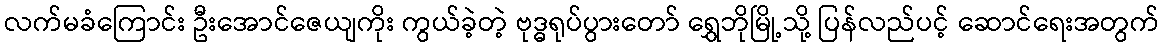
လက်မခံကြောင်း ဦးအောင်ဇေယျကိုး ကွယ်ခဲ့တဲ့ ဗုဒ္ဓရုပ်ပွားတော် ရွှေဘိုမြို့သို့ ပြန်လည်ပင့် ဆောင်ရေးအတွက်